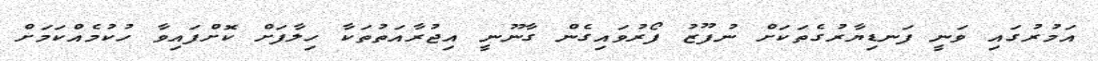
އަމުރުގައި ވަނީ ފަނޑިޔާރުގެތަކަށް ނުފޫޒު ފޯރުވައިގެން ގާނޫނީ އިޖުރާއަތުތަކާ ހިލާފަށް ކޮށްފައިވާ ހުކުމެއްކަމަށް